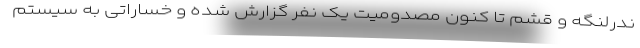
ندرلنگه و قشم تا کنون مصدومیت یک نفر گزارش شده و خساراتی به سیستم